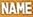
NAME